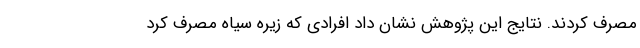
مصرف کردند. نتایج این پژوهش نشان داد افرادی که زیره سیاه مصرف کرد